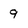
Character: 9